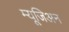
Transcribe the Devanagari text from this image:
म्यूजिअन